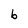
Character: b